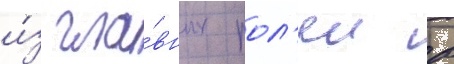
и́з гла́вных рол'еи в